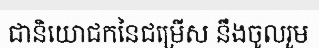
ជានិយោជកនៃជម្រើស នឹងចូលរួម